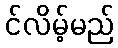
င်လိမ့်မည်